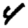
Digit: 4